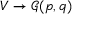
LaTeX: V \to { \mathcal { G } } ( p , q )